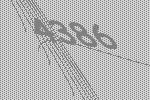
4386